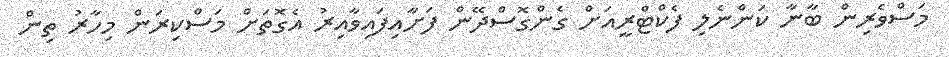
މަސްވެރިން ބާނާ ކަންނެލި ފެކްޓްރީއަށް ގެންގޮސްދޭން ފަށާއިފައިވާއިރު އެގޮތަށް މަސްކިރަން މިހާރު ތިން